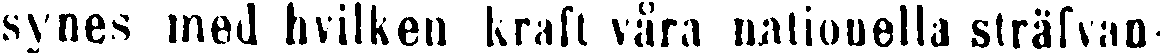
synes med hvilken kraft våra nationella strävfan-